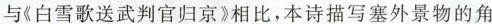
与《白雪歌送武判官归京》相比，本诗描写塞外景物的角